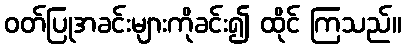
ဝတ်ပြုအခင်းများကိုခင်း၍ ထိုင် ကြသည်။